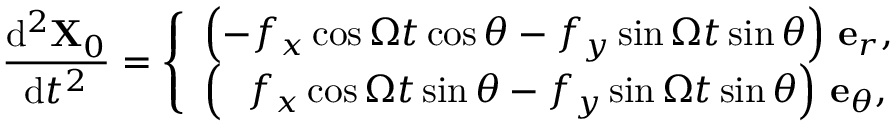
\frac { \mathrm { d } ^ { 2 } \mathbf { X } _ { 0 } } { \mathrm { d } t ^ { 2 } } = \left\{ \begin{array} { l l } { \left( - f _ { x } \cos { \Omega t } \cos \theta - f _ { y } \sin { \Omega t } \sin \theta \right) \, \mathbf { e } _ { r } , } \\ { \left( \, \, \, \, f _ { x } \cos { \Omega t } \sin \theta - f _ { y } \sin { \Omega t } \sin \theta \right) \, \mathbf { e } _ { \theta } , } \end{array} \right.